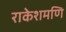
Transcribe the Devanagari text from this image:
राकेशमणि